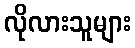
လိုလားသူများ